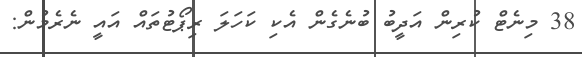
38 މިނެޓް ކުރިން އަދީބު ބުނެގެން އެކި ކަހަލަ ރިޕޯޓުތައް އައީ ނެރެމުން: